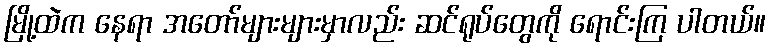
မြို့ထဲက နေရာ အတော်များများမှာလည်း ဆင်ရုပ်တွေကို ရောင်းကြ ပါတယ်။